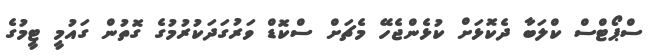
ސްޕޯޓްސް ކްލަބާ ދެކޮޅަށް ކުޅެންޖެހޭ މެޗަށް ސްކޮޑް ވަރުގަދަކުރުމުގެ ގޮތުން ގައުމީ ޓީމުގެ